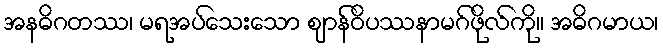
အနဓိဂတဿ၊ မရအပ်သေးသော ဈာန်ဝိပဿနာမဂ်ဖိုလ်ကို။ အဓိဂမာယ၊